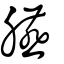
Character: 臙